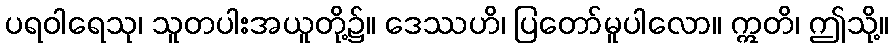
ပရဝါရေသု၊ သူတပါးအယူတို့၌။ ဒေဿဟိ၊ ပြတော်မူပါလော။ ဣတိ၊ ဤသို့။